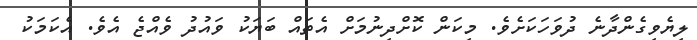
ލިޔެވިގެންދާނެ ދުވަހަކަށެވެ. މިކަން ކޮށްދިނުމަށް އެތައްް ބަޔަކު ވައުދު ވެއްޖެ އެވެ. އެކަމަކު